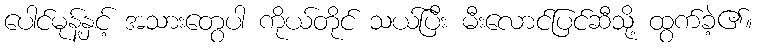
ပေါင်မုန့်နှင့် အသားတွေပါ ကိုယ်တိုင် သယ်ပြီး မီးလောင်ပြင်ဆီသို့ ထွက်ခဲ့၏။